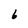
Character: 6